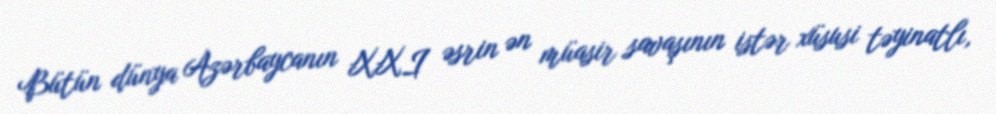
Bütün dünya Azərbaycanın XXI əsrin ən müasir savaşının istər xüsusi təyinatlı,